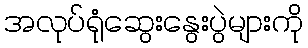
အလုပ်ရုံဆွေးနွေးပွဲများကို